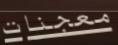
معجنات